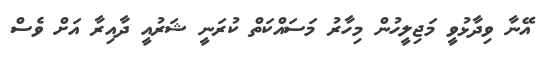
އޭނާ ވިދާޅުވީ މަޖިލީހުން މިހާރު މަސައްކަތް ކުރަނީ ޝަރުއީ ދާއިރާ އަށް ވެސް